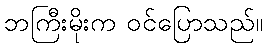
ဘကြီးမိုးက ဝင်ပြောသည်။